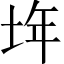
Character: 𡋂